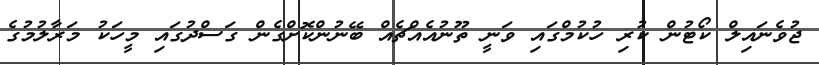
ޖުވެނައިލް ކޯޓުން ކުރި ހުކުމްގައި ވަނީ ތޫނުއެއްޗެއް ބޭނުންކޮށްގެން ގަސްދުގައި މީހަކު މަރާލުމުގެ